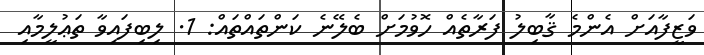
ވަޒީފާއަށް އެންމެ ޤާބިލު ފަރާތެއް ހޮވުމަށް ބެލޭނެ ކަންތައްތައް: 1. ލިބިފައިވާ ތަޢުލީމާއި